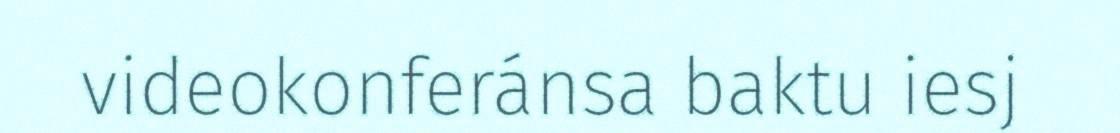
videokonferánsa baktu iesj